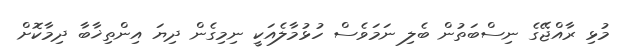
މުޅި ރާއްޖޭގެ ނިސްބަތުން ބެލި ނަމަވެސް ހުޅުމާލެއަކީ ނިމިގެން ދިޔަ އިންތިޚާބާ ދިމާކޮށް